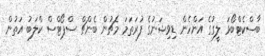
ބާސްކެޓްބޯޅަ ލީގުގެ އަންހެން ޑިވިޝަނުގެ ފުރަތަމަ މެޗުން ބެންޗް ސްޕޯޓްސް ކްލަބު އަތުން